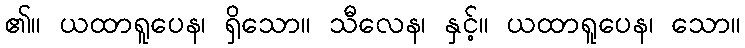
၏။ ယထာရူပေန၊ ရှိသော။ သီလေန၊ နှင့်။ ယထာရူပေန၊ သော။